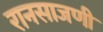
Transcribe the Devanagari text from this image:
रानसाजणी